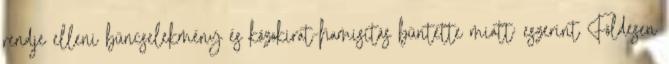
rendje elleni bűncselekmény és közokirat-hamisítás bűntette miatt: eszerint Földesen